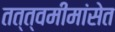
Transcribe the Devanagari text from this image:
तत्त्वमीमांसेत